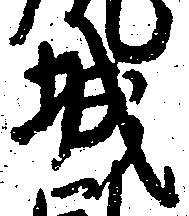
城